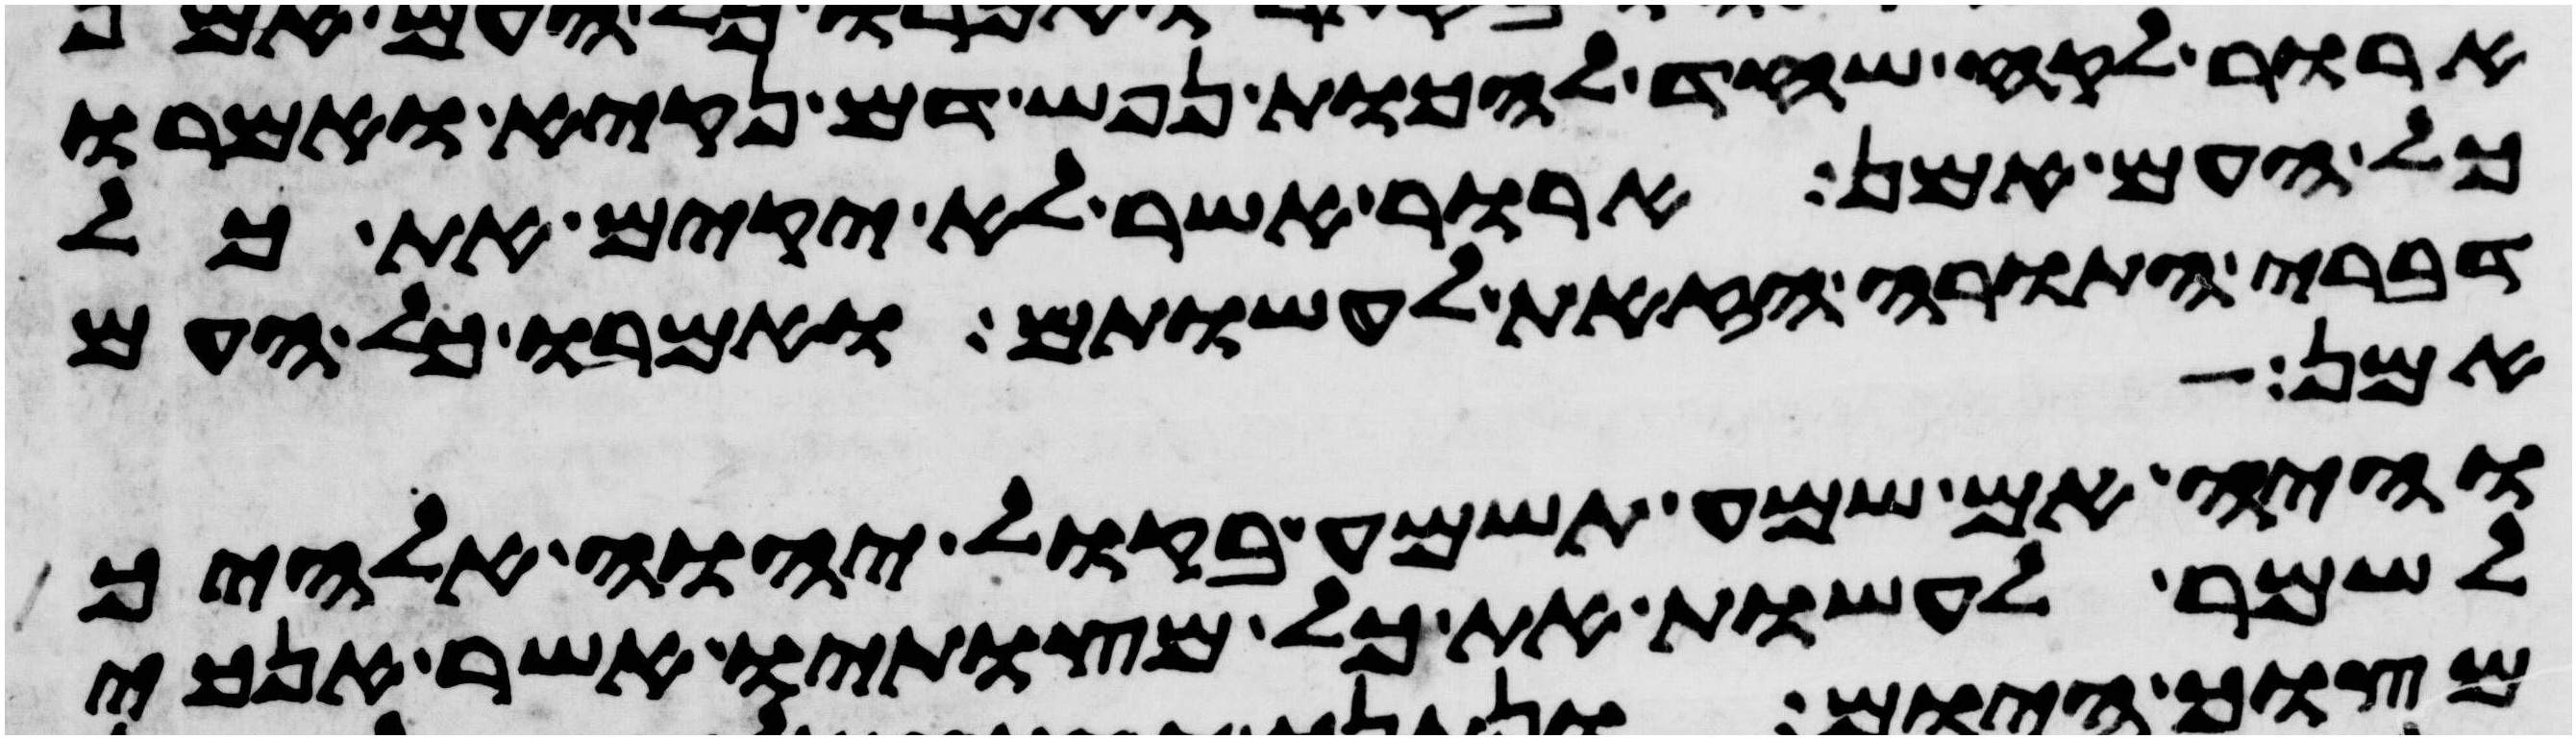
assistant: ארור לקח שחד להכות נפש דם נקיא ואמרו
כל העם אמן ארור אשר לא יקים את כל
דברי התורה הזאת לעשותם ואמרו כל העם
אמן
והיה אם שמע תשמע בקול יהוה אלהיך
לשמר לעשות את כל מצותיו אשר אנכי